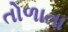
તોળાતા